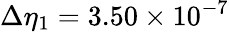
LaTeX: \Delta\eta_{1}=3.50\times 10^{-7}